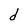
Character: d